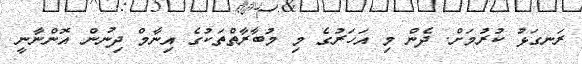
ރަނގަޅު ކުރުމަށް. ދެން މި އަހަރުގެ މި މުބާރާތްތަކުގެ އިނާމް ދިނުން އޮންނާނީ